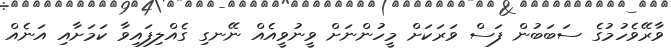
ވާރޭވެހުމުގެ ސަބަބުން ފަސް ވަރަކަށް މީހުންނަށް ވީނުވީއެއް ނޭނގި ގެއްލިފައިވާ ކަމަށާއި އަނެއް